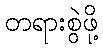
တရားစွဲဖို့